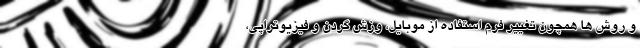
و روش ها همچون تغییر فرم استفاده از موبایل، وزش گردن و فیزیوتراپی،